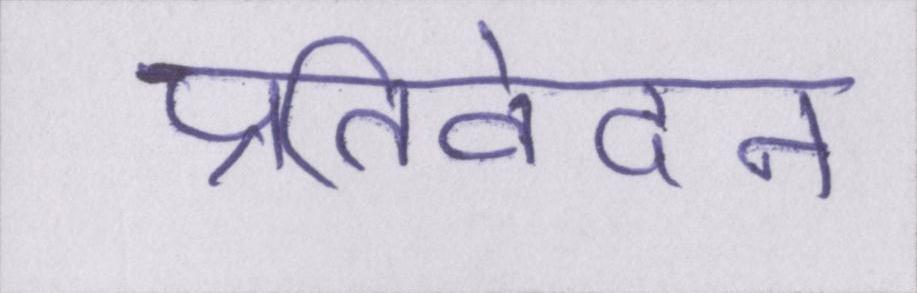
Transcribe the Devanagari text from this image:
प्रतिवेदन